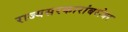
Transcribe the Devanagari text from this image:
राज्यसरकारांबरोबर